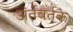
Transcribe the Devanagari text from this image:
अंर्तवर्तक